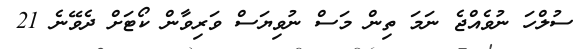
ސުލްހަ ނުވެއްޖެ ނަމަ ތިން މަސް ނުވިޔަސް ވަރިވާން ކޯޓަށް ދެވޭނެ 21